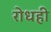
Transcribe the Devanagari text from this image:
रोधही